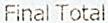
FINAL TOTAL